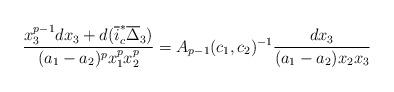
LaTeX: \begin{align*} \frac{x_3^{p-1}dx_3+d(\overline{i}^*_c\overline{\Delta}_3)}{(a_1-a_2)^px_1^px_2^p}=A_{p-1}(c_1,c_2)^{-1}\frac{dx_3}{(a_1-a_2)x_2x_3} \end{align*}